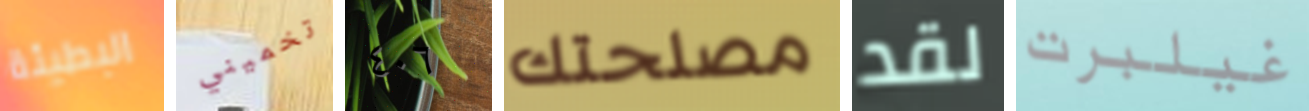
البطيئة تخميني ٤٠٦ مصلحتك لقد غيلبرت